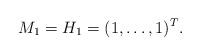
LaTeX: \begin{align*}M_{1}=H_1 = (1, \dots , 1)^T.\end{align*}